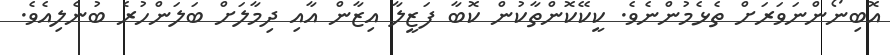
އޮބިނޯންނަވަރަށް ތެޅެމުންނެވެ. ކީކޭކޮންތާކުން ކޮބާ ފަޒީލާ އިޒާން އާއި ދިމާލަށް ބަލަންހުރެ ބުނެލިއެވެ.